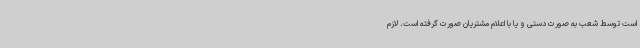
است توسط شعب به صورت دستی و یا با اعلام مشتریان صورت گرفته است. لازم